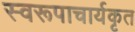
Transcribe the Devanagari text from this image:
स्वरूपाचार्यकृत